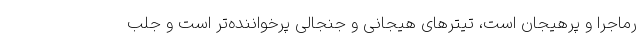
رماجرا و پرهیجان است، تیترهای هیجانی و جنجالی پرخواننده‌تر است و جلب